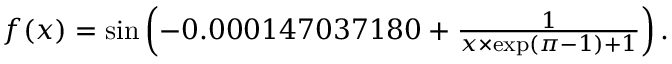
\begin{array} { r } { f ( x ) = \sin \left( - 0 . 0 0 0 1 4 7 0 3 7 1 8 0 + \frac { 1 } { x \times \exp ( \pi - 1 ) + 1 } \right) . } \end{array}